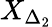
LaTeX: X_{\Delta_{2}}